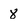
Character: 8